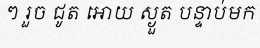
ៗ រួច ជូត អោយ ស្ងួត បន្ទាប់មក